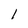
Character: 1